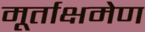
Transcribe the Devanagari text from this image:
मूर्ताक्षमेण